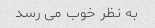
به نظر خوب می رسد